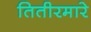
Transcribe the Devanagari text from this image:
तितीरमारे